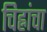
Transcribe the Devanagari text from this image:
चिह्नांचा